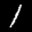
Label: 1